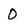
Character: 0